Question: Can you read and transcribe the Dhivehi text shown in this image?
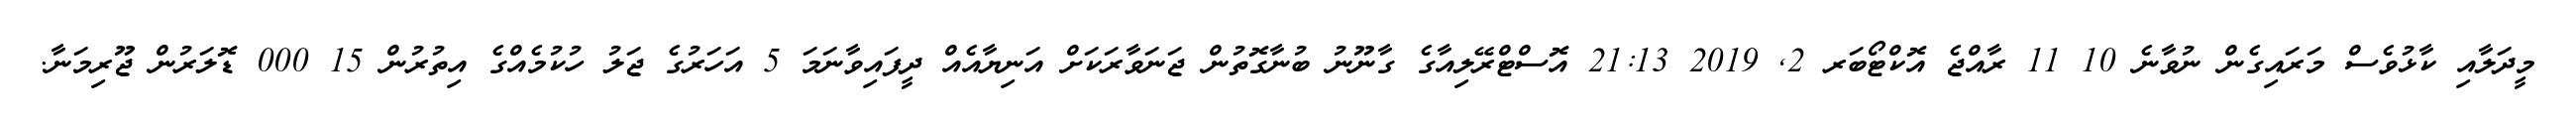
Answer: މީދަލާއި ކާޅުވެސް މަރައިގެން ނުވާނެ 10 11 ރާއްޖެ އޮކްޓޯބަރ 2, 2019 21:13 އޮސްޓްރޭލިއާގެ ގާނޫނު ބުނާގޮތުން ޖަނަވާރަކަށް އަނިޔާއެއް ދީފައިވާނަމަ 5 އަހަރުގެ ޖަލު ހުކުމެއްގެ އިތުރުން 15 000 ޑޮލަރުން ޖޫރިމަނާ.